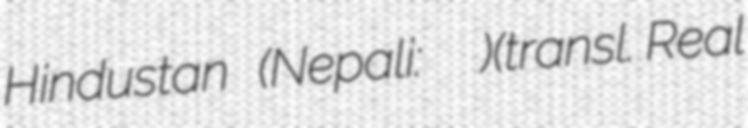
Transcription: Hindustan (Nepali: असल हिन्दुस्तान)(transl. Real